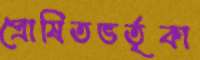
প্রোষিতভর্তৃকা